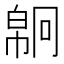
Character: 𢄗